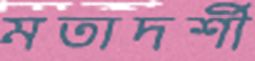
মতাদর্শী